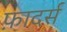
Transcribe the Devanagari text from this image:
फ़ादर्स